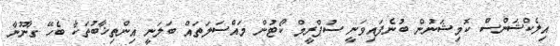
އިލެކްޝަންސް ކޮމިޝަނުން ބުނެފައިވަނީ ސުޕްރީމް ކޯޓުން މައްސަލަތައް ބަލަނީ އިންތިޚާބުތަކާ ބެހޭ ގާނޫނާ